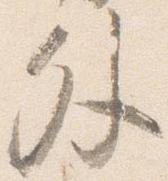
外